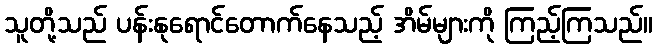
သူတို့သည် ပန်းနုရောင်တောက်နေသည့် အိမ်များကို ကြည့်ကြသည်။